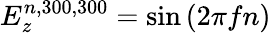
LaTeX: E_{z}^{n,300,300}=\sin\left(2\pi fn\right)